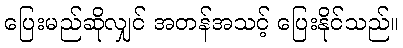
ပြေးမည်ဆိုလျှင် အတန်အသင့် ပြေးနိုင်သည်။